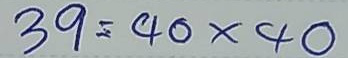
39 = 40x40